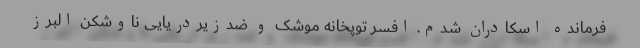
فرمانده اسکادران شدم. افسر توپخانه موشک و ضدزیردریایی ناوشکن البرز